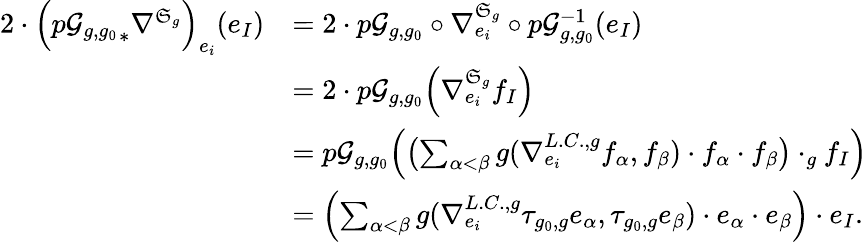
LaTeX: \begin{array}{rl}{2\cdot\Bigl({p\mathcal{G}_{g,g_{0}}}_{\ast}\nabla^{\mathfrak{S}_{g}}\Bigr)_{e_{i}}(e_{I})}&{=2\cdot p\mathcal{G}_{g,g_{0}}\circ\nabla_{e_{i}}^{\mathfrak{S}_{g}}\circ p\mathcal{G}_{g,g_{0}}^{-1}(e_{I})}\\ &{=2\cdot p\mathcal{G}_{g,g_{0}}\Bigl(\nabla_{e_{i}}^{\mathfrak{S}_{g}}f_{I}\Bigr)}\\ &{=p\mathcal{G}_{g,g_{0}}\Bigl(\bigl(\sum_{\alpha<\beta}g(\nabla_{e_{i}}^{L.C.,g}f_{\alpha},f_{\beta})\cdot f_{\alpha}\cdot f_{\beta}\bigr)\cdot_{g}f_{I}\Bigr)}\\ &{=\Bigl(\sum_{\alpha<\beta}g(\nabla_{e_{i}}^{L.C.,g}\tau_{g_{0},g}e_{\alpha},\tau_{g_{0},g}e_{\beta})\cdot e_{\alpha}\cdot e_{\beta}\Bigr)\cdot e_{I}.}\end{array}